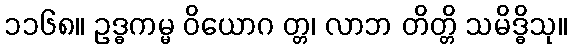
၁၁၆၈။ ဥဒ္ဓကမ္မ ဝိယောဂ တ္တ၊ လာဘ တိတ္တိ သမိဒ္ဓိသု။